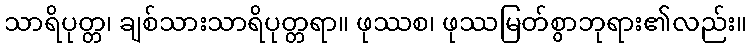
သာရိပုတ္တ၊ ချစ်သားသာရိပုတ္တရာ။ ဖုဿစ၊ ဖုဿမြတ်စွာဘုရား၏လည်း။